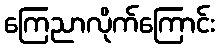
ကြေညာလိုက်ကြောင်း